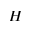
\boldsymbol H